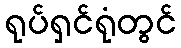
ရုပ်ရှင်ရုံတွင်